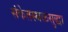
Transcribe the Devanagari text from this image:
संकेतस्थळसुद्धा